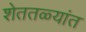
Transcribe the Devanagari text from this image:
शेततळ्यांत